NAE_EAA_P-1039_Kommunismi_Majak_kalurikolhoos, lk 13
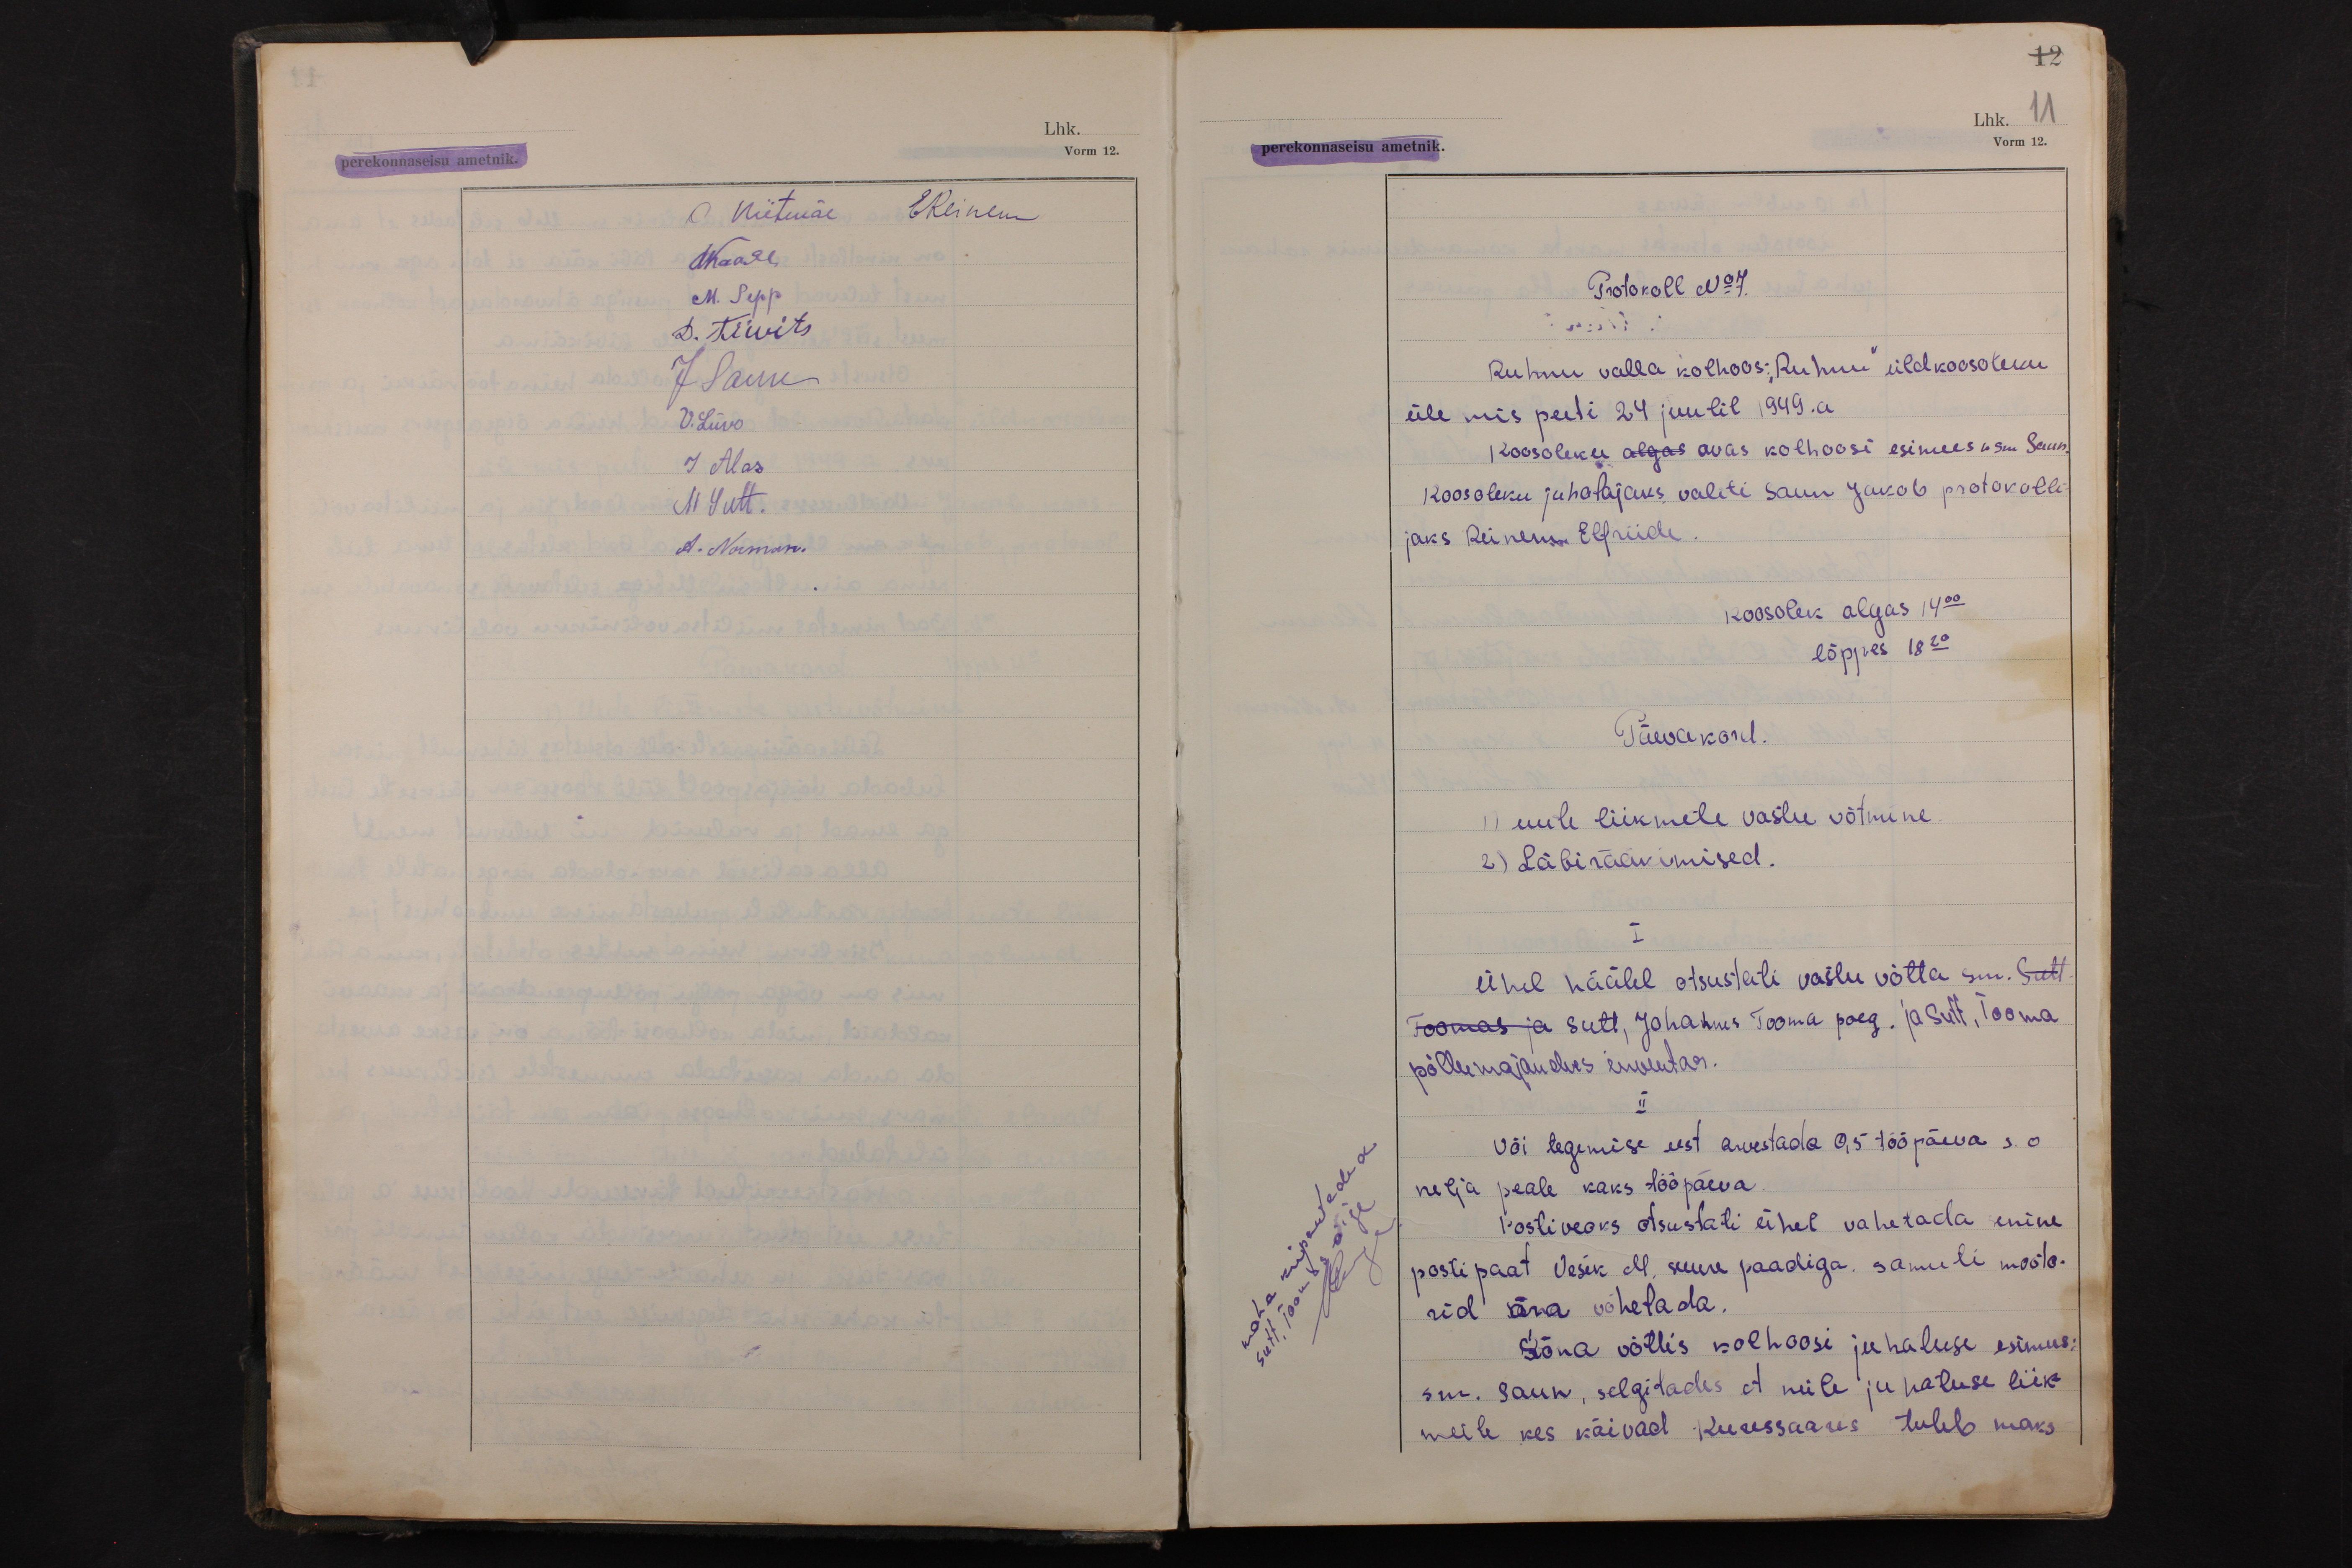
12
Lhk. 11
perekonnaseisu ametnik.
Vorm 12.

A Niitmäe EReinem
LKaare
M. Sepp
D. Tiivits
J. Saun
V.Liivo
J Alas
M Sutt.
A. Norman.

maha kripsutadud
Sutt, Toomas õige

Protokoll No 7.
Ruhnu valla kolhoos:"Ruhnu" üldkoosoleku
üle mis peeti 24 juulil 1949.a
Koosoleku algas avas kolhoosi esimees n  sm Saun.
Koosoleku juhatajaks valiti Saun Jakob protokolli-
jaks Reinem Elfriide.
Koosolek algas 14 00
lõppes 18 20
Päevakord.
1) uute liikmete vastu võtmine.
2) Läbirääkimised.
I
Ühel häälel otsustati vastu võtta sm. Sutt
Toomas ja Sutt, Johannes Tooma poeg. ja Sutt, Tooma
põllumajandus inventar.
II
Või tegemise eest arvestada 0,5 tööpäeva s.o
nelja peale kaks tööpäeva.
Postiveoks otsustati ühel vahetada senine
postipaat Vesik M, suure paadiga. samuti mooto-
rid ära võhetada.
Sõna võttis kolhoosi juhatuse esimees:
sm. Saun, selgitades et neile juhatuse liik-
meile kes käivad Kuressaares tuleb maks-